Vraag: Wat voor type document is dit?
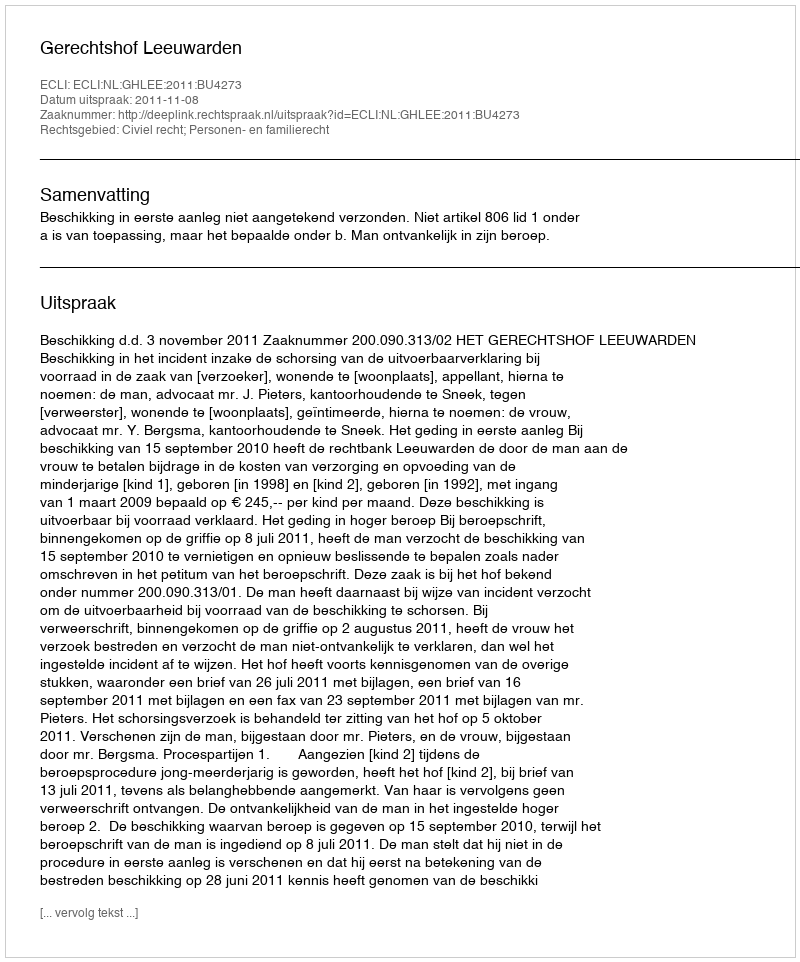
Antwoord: Uitspraak